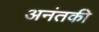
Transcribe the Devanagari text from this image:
अनंतकी